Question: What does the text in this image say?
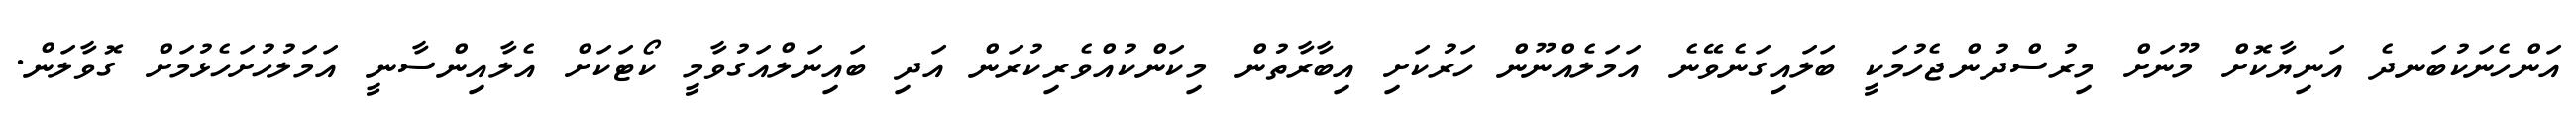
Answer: އަންހެނަކުބަނދެ އަނިޔާކޮށް މޫނަށް މިރުސްދުންޖެހުމަކީ ބަލައިގަނެވޭނެ އަމަލެއްނޫން ހަރުކަށި އިބާރާތުން މިކަންކުއްވެރިކުރަން އަދި ބައިނަލްއަގުވާމީ ކޯޓަކަށް އެލާއިންސާނީ އަމަލުހުށަހެޅުމަށް ގޮވާލަން.